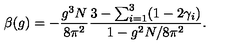
\beta ( g ) = - \frac { g ^ { 3 } N } { 8 \pi ^ { 2 } } \frac { 3 - \sum _ { i = 1 } ^ { 3 } ( 1 - 2 \gamma _ { i } ) } { 1 - g ^ { 2 } N / 8 \pi ^ { 2 } } .